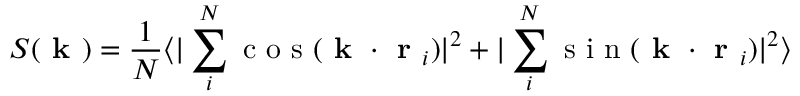
S ( \textbf { k } ) = \frac { 1 } { N } \langle | \sum _ { i } ^ { N } \mathrm { ~ c ~ o ~ s ~ } ( \textbf { k } \cdot \textbf { r } _ { i } ) | ^ { 2 } + | \sum _ { i } ^ { N } \mathrm { ~ s ~ i ~ n ~ } ( \textbf { k } \cdot \textbf { r } _ { i } ) | ^ { 2 } \rangle